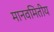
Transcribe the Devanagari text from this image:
मानवमितीय